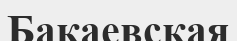
Бакаевская